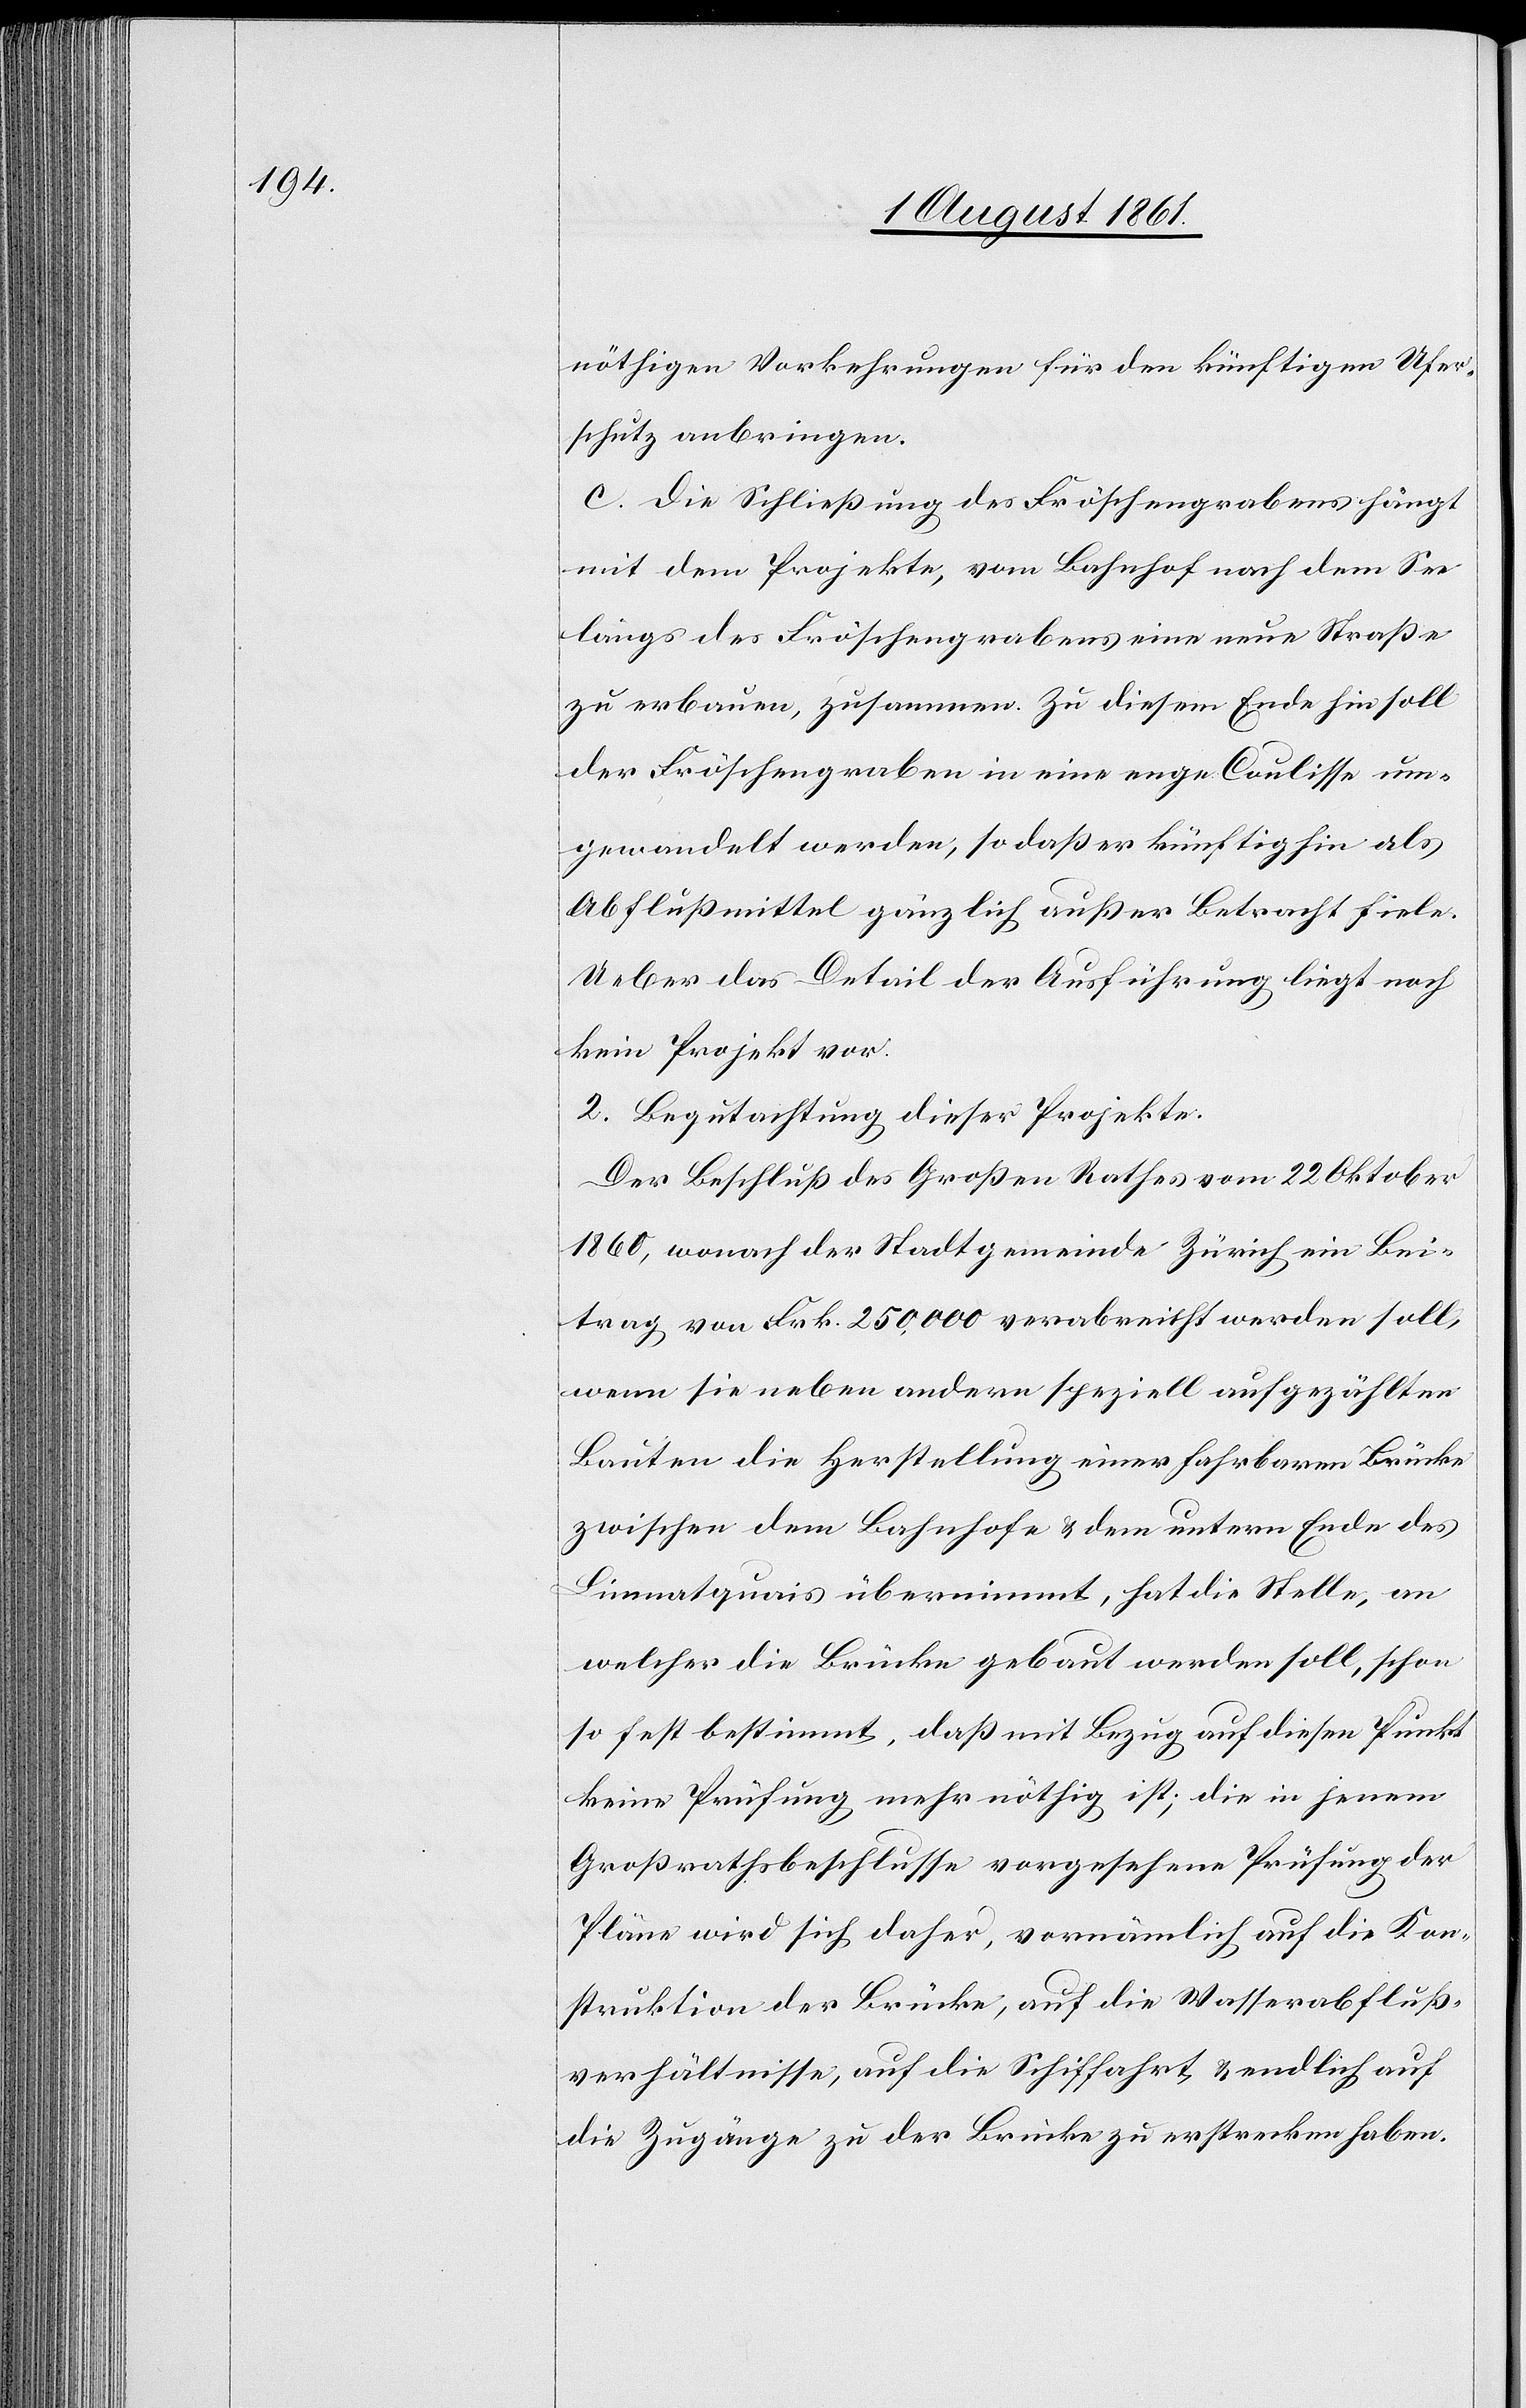
nöthigen Vorkehrungen für den künftigen Ufer¬
schutz anbringen.
c. die Schließung des Fröschengrabens hängt
mit dem Projekte, vom Bahnhof nach dem See
längs des Fröschengrabens eine neue Straße
zu erbauen, zusammen. Zu diesem Ende hin soll
der Fröschengraben in eine enge Coulisse um¬
gewandelt werden, so daß er künftighin als
Abflußmittel gänzlich außer Betracht fiele.
Ueber das Detail der Ausführung liegt noch
kein Projekt vor.
2. Begutachtung dieser Projekte.
Der Beschluß des Großen Rathes vom 22 Oktober
1860, wonach der Stadtgemeinde Zürich ein Bei¬
trag von Frk. 250,000 verabreicht werden soll,
wenn sie neben andern speziell aufgezählten
Bauten die Herstellung einer fahrbaren Brücke
zwischen dem Bahnhofe u. dem untern Ende des
Limmatquais übernimmt, hat die Stelle, an
welcher die Brücke gebaut werden soll, schon
so fest bestimmt, daß mit Bezug auf diesen Punkt
keine Prüfung mehr nöthig ist, die in jenem
Großrathsbeschlusse vorgesehene Prüfung der
Pläne wird sich daher, vornämlich auf die Kon¬
struktion der Brücke, auf die Wasserabfluß¬
verhältnisse, auf die Schiffahrt u. endlich auf
die Zugänge zu der Brücke zu erstrecken haben.